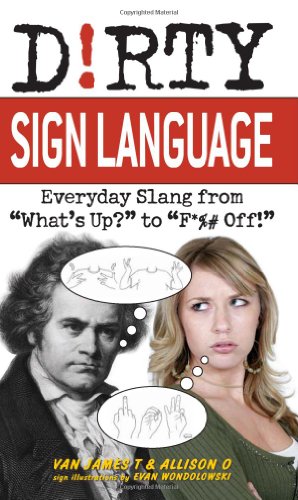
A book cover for Dirty Sign Language: Everyday Slang from "What's Up?" to "F*%# Off!" (Dirty Everyday Slang); Van James T; Reference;